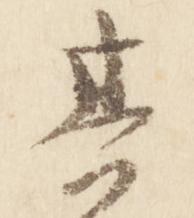
其